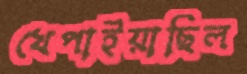
খেপাইয়াছিল